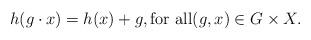
LaTeX: \begin{align*}h(g \cdot x)=h(x)+g, \mbox{for all} (g,x) \in G \times X.\end{align*}